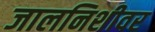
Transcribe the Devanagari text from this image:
जालनिशीवर